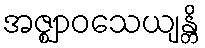
အဇ္ဈာဝသေယျန္တိ